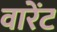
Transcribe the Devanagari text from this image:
वारेंट